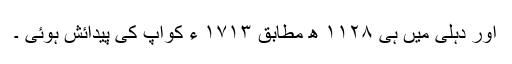
اور دہلی میں ہی ۱۱۲۸ ھ مطابق ۱۷۱۳ ء کوآپ کی پیدائش ہوئی ۔